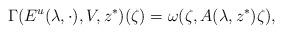
LaTeX: \begin{align*}\Gamma(E^u(\lambda,\cdot),V,z^*)(\zeta)=\omega(\zeta,A(\lambda,z^*)\zeta),\end{align*}